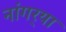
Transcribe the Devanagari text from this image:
नांगर्‍या